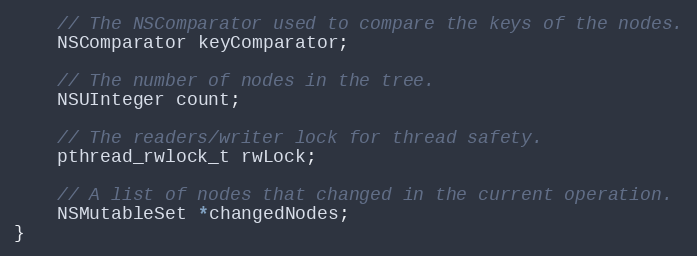
Language: C
	// The NSComparator used to compare the keys of the nodes.
	NSComparator keyComparator;

	// The number of nodes in the tree.
	NSUInteger count;

	// The readers/writer lock for thread safety.
	pthread_rwlock_t rwLock;

    // A list of nodes that changed in the current operation.
    NSMutableSet *changedNodes;
}